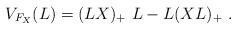
LaTeX: \begin{align*}V_{F_X} (L)=(LX)_+ \ L-L(XL)_+ \ .\end{align*}